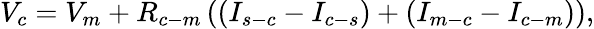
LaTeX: V_{c}=V_{m}+R_{c-m}\left((I_{s-c}-I_{c-s})+(I_{m-c}-I_{c-m})\right),